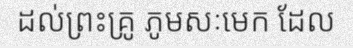
ដល់ព្រះគ្រូ ភូមសៈមេក ដែល